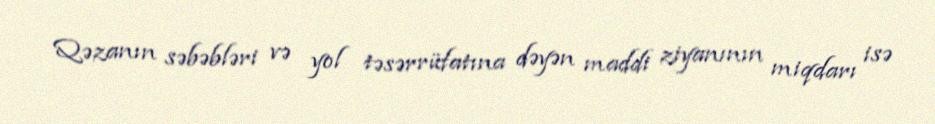
Qəzanın səbəbləri və yol təsərrüfatına dəyən maddi ziyanının miqdarı isə